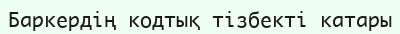
Баркердің кодтық тізбекті катары